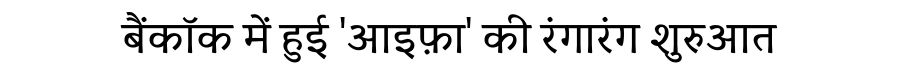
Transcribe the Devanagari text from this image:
बैंकॉक में हुई 'आइफ़ा' की रंगारंग शुरुआत